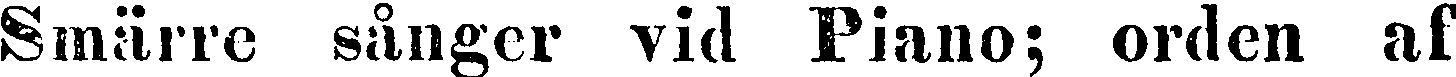
Smärre sånger vid Piano; orden af